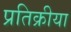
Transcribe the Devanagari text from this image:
प्रतिक्रीया